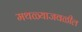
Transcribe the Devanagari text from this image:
मथळ्याजवळील